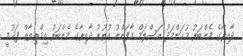
ދާއިރާގެ މެންބަރު މުޙަންމަދު އަސްލަމް މާފަންނު އުތުރު ދާއިރާގެ މެންބަރު އިމްތިޔާޒް ފަޙުމީ